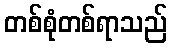
တစ်စုံတစ်ရာသည်